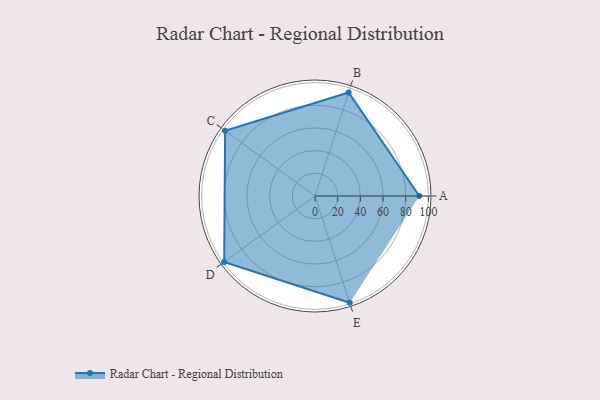
{"axis": {"x": "Skill", "y": "Score"}, "legend": ["Profile"], "data": [{"x": "A", "y": 92.0, "type": "Profile"}, {"x": "B", "y": 96.0, "type": "Profile"}, {"x": "C", "y": 98.0, "type": "Profile"}, {"x": "D", "y": 99, "type": "Profile"}, {"x": "E", "y": 99, "type": "Profile"}]}